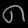
Digit: ၈